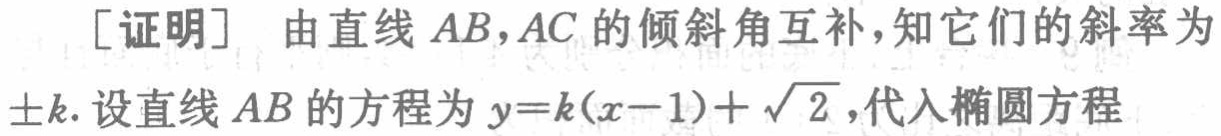
[证明] 由直线 \(AB,AC\) 的倾斜角互补，知它们的斜率为\(\pm k\). 设直线 \(AB\) 的方程为 \(y = k(x - 1)+\sqrt{2}\)，代入椭圆方程